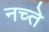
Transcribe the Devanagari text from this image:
नच्ते